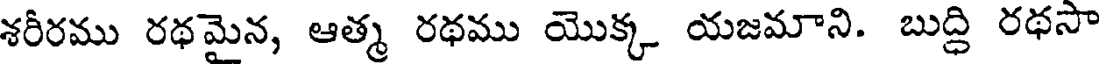
శరీరము రథమైన, ఆత్మ రథము యొక్క యజమాని. బుద్ధి రథసా